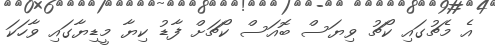
އެ މެޗުގައި ކޯޗު ވިޔަސް ބޮއަސް ކޯޗަށް ފާޑު ކިޔާ މީޑިޔާގައި ވާހަކަ